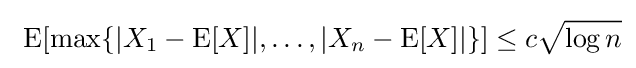
\ \operatorname {E} [\max\{|X_{1}-\operatorname {E} [X]|,\ldots ,|X_{n}-\operatorname {E} [X]|\}]\leq c{\sqrt {\log n}}